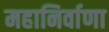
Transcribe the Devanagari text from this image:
महानिर्वाणा